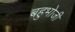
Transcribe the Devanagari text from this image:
बहुभोजी